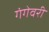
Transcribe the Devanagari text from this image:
गंगेवरी